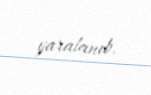
yaralanıb.